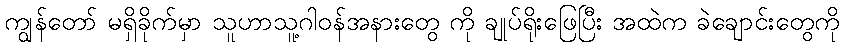
ကျွန်တော် မရှိခိုက်မှာ သူဟာသူ့ဂါဝန်အနားတွေ ကို ချုပ်ရိုးဖြေပြီး အထဲက ခဲချောင်းတွေကို